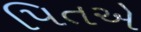
પિતએ